Leaving Certificate Examination, 1919
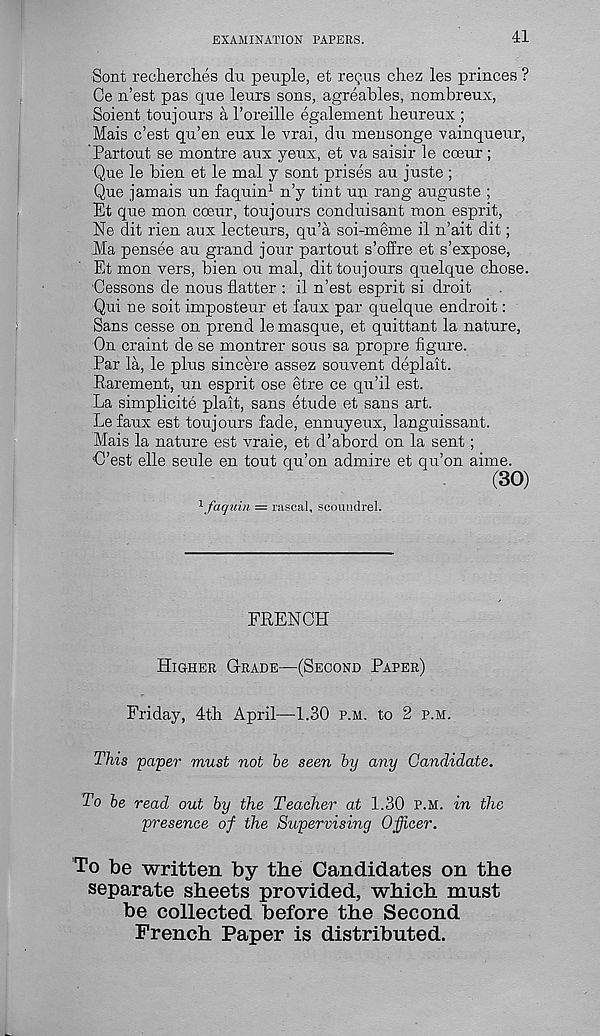
EXAMINATION PAPERS.
41
Sont recherches chi peuple, et regus chez les princes ?
Ce n’est pas cjue leurs sons, agreables, nombreux,
Soient toujours a 1’oreille egalement lieurenx ;
Mais c’est qu’en eux le vrai, du mensonge vainqueur,
Partout se montre aux yenx, et va saisir le coeur;
Que le bien et le mal y sont prises an juste ;
Que jamais un faquin 1 n’y tint mp. rang auguste ;
Et que mon coeur, toujours conduisant mon esprit,
Ne dit rien aux lecteurs, qu’a soi-meme il n’ait dit;
Ma pensee an grand jour partout s’offre et s’expose,
Et mon vers, bien ou mal, dit toujours quelque chose.
Cessons de nous flatter : il n’est esprit si droit
Qui ue soit imposteur et faux par quelque endroit:
Sans cesse on prend le masque, et quittant la nature,
On craint de se montrer sous sa propre figure.
Par la, le plus sincere assez souvent deplait.
Earement, un esprit ose etre ce qu’il est.
La simplicite plait, sans etude et sans art.
Lefaux est toujours fade, ennuyeux, languissant.
Mais la nature est vraie, et d’abord on la sent;
‘C’est elle seule en tout qu’on admire et qu’on aime.
(30)
x faquin = rascal, scoundrel.
FRENCH
Higher Grade—(Second Paper)
Friday, 4th April—1.30 p.m. to 2 p.m.
This 'paper must not he seen hy any Candidate.
To he read out hy the Teacher at 1.30 P.M. in the
'presence of the Supervising Officer.
To be written by the Candidates on the
separate sheets provided, which must
be collected before the Second
French Paper is distributed.